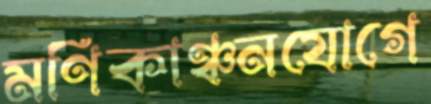
মণিকাঞ্চনযোগে